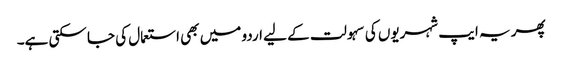
پھر یہ ایپ شہریوں کی سہولت کے لیے اردو میں بھی استعمال کی جا سکتی ہے۔